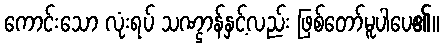
ကောင်းသော လုံးရပ် သဏ္ဌာန်နှင့်လည်း ဖြစ်တော်မူပါပေ၏။